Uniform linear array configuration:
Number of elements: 8
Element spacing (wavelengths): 1
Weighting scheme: hamming
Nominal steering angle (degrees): -45
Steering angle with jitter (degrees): -43.538
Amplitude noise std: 0.05
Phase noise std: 0.05

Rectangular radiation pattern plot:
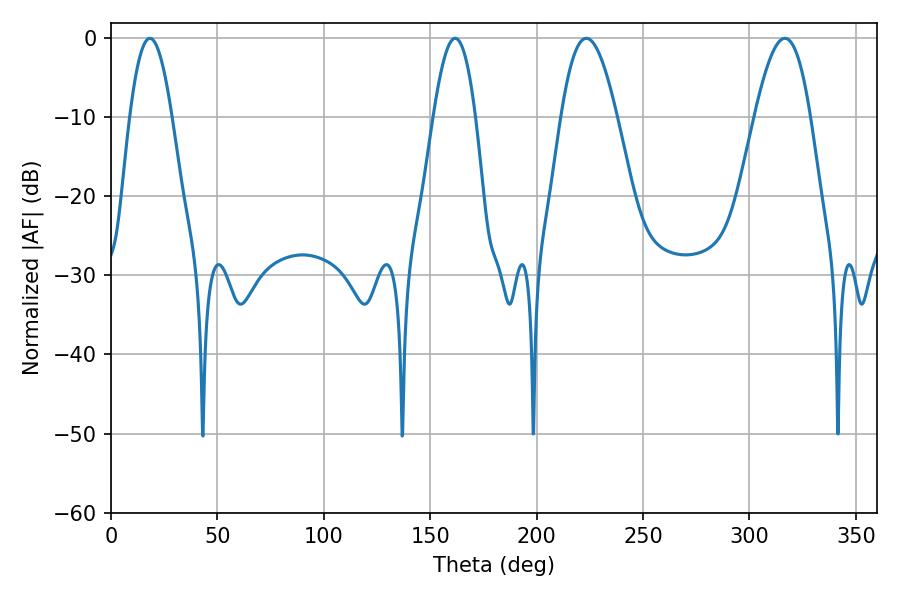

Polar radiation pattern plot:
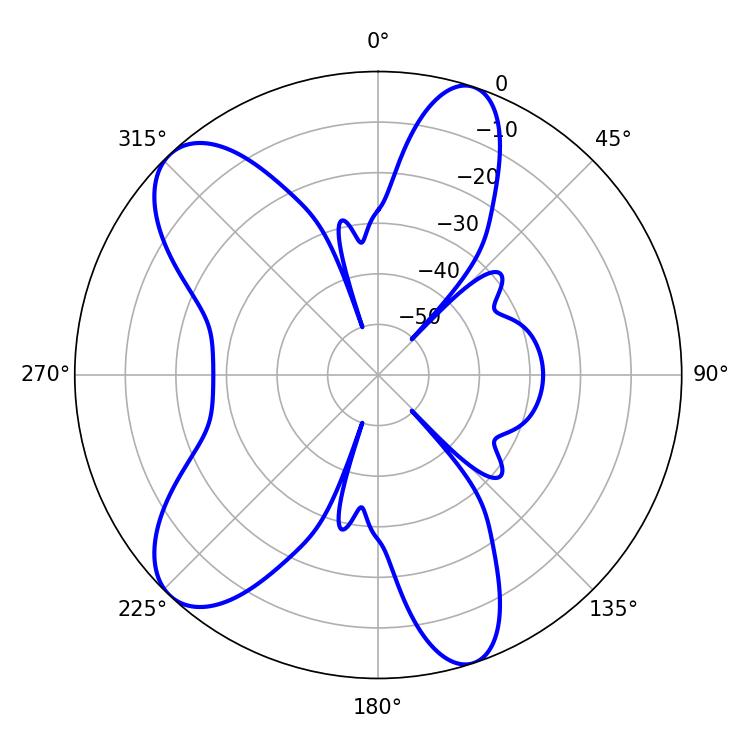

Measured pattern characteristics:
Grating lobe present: TRUE
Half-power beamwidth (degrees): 14.22
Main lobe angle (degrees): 316.62